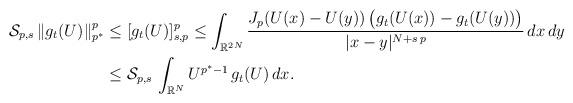
LaTeX: \begin{align*}\mathcal{S}_{p,s}\,\|g_t(U)\|_{p^*}^p&\leq [g_t(U)]_{s, p}^p\leq \int_{\mathbb{R}^{2N}} \frac{J_p(U(x)-U(y))\, \big(g_t(U(x))-g_t(U(y))\big)}{|x-y|^{N+s\,p}}\,dx\,dy\\&\leq \mathcal{S}_{p,s}\,\int_{\mathbb{R}^N} U^{p^*-1}\,g_t(U)\,dx.\end{align*}